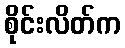
စိုင်းလိတ်က